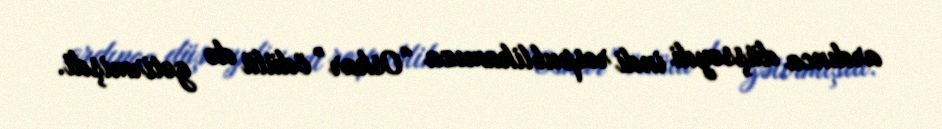
ardınca düşsəydi indi respublikamıza “Oskar” ödülü də gətirmişdi.